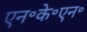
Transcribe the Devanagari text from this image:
एन॰के॰एन॰